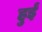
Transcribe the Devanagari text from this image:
हुर्इं